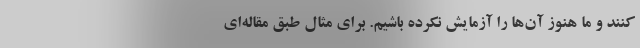
کنند و ما هنوز آن‌ها را آزمایش نکرده باشیم. برای مثال طبق مقاله‌ای